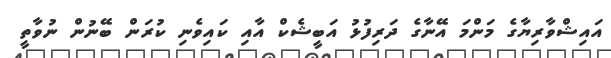
އައިޝްވާރިޔާގެ މަންމަ އޭނާގެ ދަރިފުޅު އަބީޝެކް އާއި ކައިވެނި ކުރަން ބޭނުން ނުވާތީ